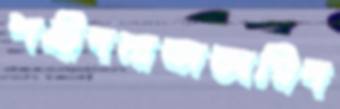
শহীদমাতাঅগ্নিদ